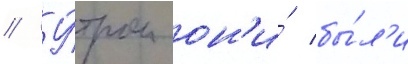
// У́тром он'и́ бы́л'и